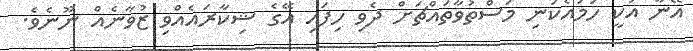
އޭނާ އަކީ ހަމައެކަނި މަސްތުވާތައްޗަށް ދެވި ހިފައި އޭގެ ޝިކާރައެއްވި ޒުވާނެއް ނޫނެވެ.